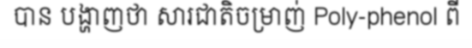
បាន បង្ហាញថា សារជាតិចម្រាញ់ Poly-phenol ពី